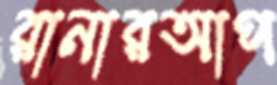
রানারআপ